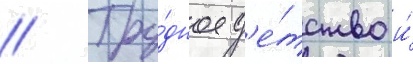
// Тру́дное д'е́тство и́